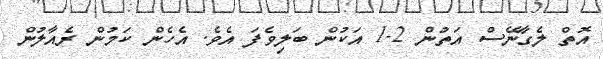
އޮތް ލެގާނޭސް އަތުން 2-1 އަކުން ބަލިވެފަ އެވެ. އެހެން ކަމުން ރެއާލުން